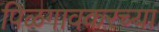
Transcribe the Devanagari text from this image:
पिळगावकरच्या